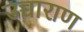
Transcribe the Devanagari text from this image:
उच्चाराण